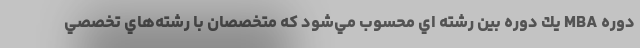
دوره MBA يك دوره بين رشته اي محسوب مي‌شود كه متخصصان با رشته‌هاي تخصصي